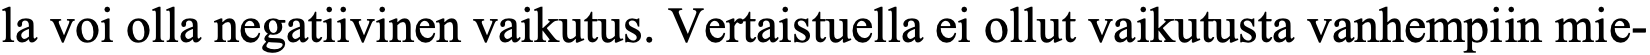
la voi olla negatiivinen vaikutus. Vertaistuella ei ollut vaikutusta vanhempiin mie-